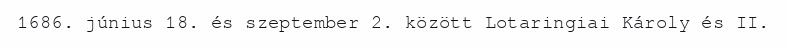
1686. június 18. és szeptember 2. között Lotaringiai Károly és II.